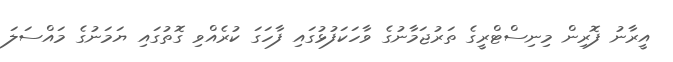
އީރާނު ފޮރިން މިނިސްޓްރީގެ ތަރުޖަމާނުގެ ވާހަކަފުޅުގައި ފާހަގަ ކުރެއްވި ގޮތުގައި ޔަމަނުގެ މައްސަލަ